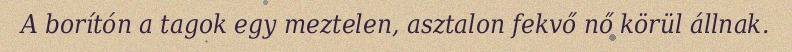
A borítón a tagok egy meztelen, asztalon fekvő nő körül állnak.